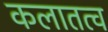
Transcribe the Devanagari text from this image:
कलातत्व